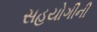
સહયોગીની